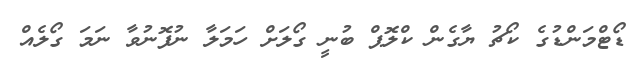
ޑޯޓްމަންޑުގެ ކޯޗު ޔާގެން ކްލޮޕް ބުނީ ގޯލަށް ހަމަލާ ނުފޮނުވާ ނަމަ ގޯލެއް